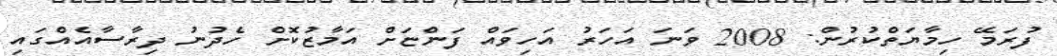
ފުރަމޭ ހިމާޔަތްކުރުން: 2008 ވަނަ އަހަރު އަހިވައް ފަންޏަށް އަމާޒުކޮށް ހެދުނު ދިރާސާއެއްގައި